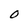
Character: 0